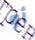
أو